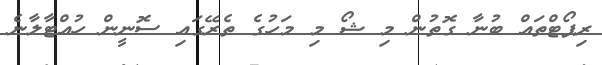
ރިޕޯޓްތައް ބުނާ ގޮތުން މި ޝޯ މި މަހުގެ ތެރޭގައި ސޮނީން ހުއްޓާލާނެ